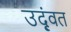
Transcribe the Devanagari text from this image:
उद्वृंत